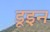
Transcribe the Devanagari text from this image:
डूइन